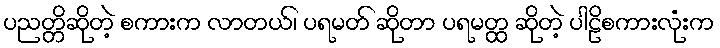
ပညတ္တိဆိုတဲ့ စကားက လာတယ်၊ ပရမတ် ဆိုတာ ပရမတ္ထ ဆိုတဲ့ ပါဠိစကားလုံးက